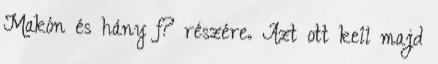
Makón és hány f? részére. Azt ott kell majd